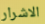
الاشرار